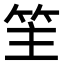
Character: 䇠